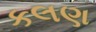
કલણ